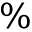
\%